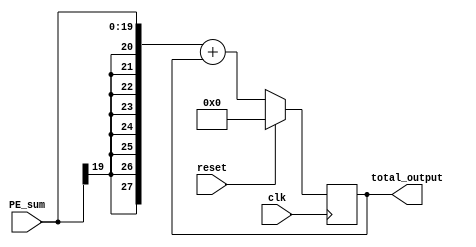
`timescale 1ns / 1ps

// [Fusion Unit]
//  4 X 4 bitbricks + (4 x 4 shift)
//  17-way adder tree
//  output = p_5 p_4 p_3 p_2 p_1 p_0 (6bit)

module ACC(
    input clk,
    input reset,
    input [19:0] PE_sum,
    
    output reg [27:0] total_output
    );
    
//    wire [27:0] temp;
//    assign temp = { {8{PE_sum[19]}}, PE_sum };
    
//    always @ (posedge clk)
//    if (reset)
//        temp = 0;
//    else
//        temp = PE_sum + temp;


//// Is it the only way??????    
//    assign total_output = temp;
    
    always @ (posedge clk)
    if (reset)
        total_output <= 0;
    else
        total_output <= { {8{PE_sum[19]}}, PE_sum } + total_output;    
    
endmodule